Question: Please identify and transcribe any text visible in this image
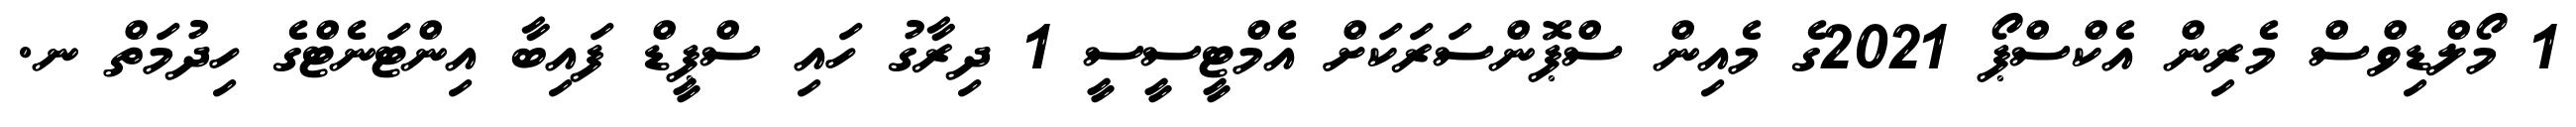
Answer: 1 މޯލްޑިވްސް މެރިން އެކްސްޕޯ 2021ގެ މެއިން ސްޕޮންސަރަކަށް އެމްޓީސީސީ 1 ދިރާގު ހައި ސްޕީޑް ފައިބާ އިންޓަނެޓްގެ ހިދުމަތް ނ.